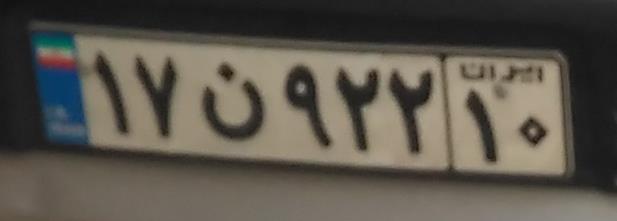
۱۷ن۹۲۲۱۰